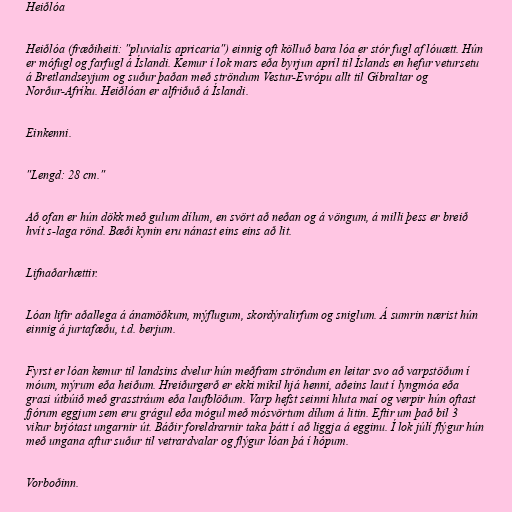
Heiðlóa

Heiðlóa (fræðiheiti: "pluvialis apricaria") einnig oft kölluð bara lóa er stór fugl af lóuætt. Hún
er mófugl og farfugl á Íslandi. Kemur í lok mars eða byrjun apríl til Íslands en hefur vetursetu
á Bretlandseyjum og suður þaðan með ströndum Vestur-Evrópu allt til Gíbraltar og
Norður-Afríku. Heiðlóan er alfriðuð á Íslandi.

Einkenni.

"Lengd: 28 cm."

Að ofan er hún dökk með gulum dílum, en svört að neðan og á vöngum, á milli þess er breið
hvít s-laga rönd. Bæði kynin eru nánast eins eins að lit.

Lifnaðarhættir.

Lóan lifir aðallega á ánamöðkum, mýflugum, skordýralirfum og sniglum. Á sumrin nærist hún
einnig á jurtafæðu, t.d. berjum.

Fyrst er lóan kemur til landsins dvelur hún meðfram ströndum en leitar svo að varpstöðum í
móum, mýrum eða heiðum. Hreiðurgerð er ekki mikil hjá henni, aðeins laut í lyngmóa eða
grasi útbúið með grasstráum eða laufblöðum. Varp hefst seinni hluta maí og verpir hún oftast
fjórum eggjum sem eru grágul eða mógul með mósvörtum dílum á litin. Eftir um það bil 3
vikur brjótast ungarnir út. Báðir foreldrarnir taka þátt í að liggja á egginu. Í lok júlí flýgur hún
með ungana aftur suður til vetrardvalar og flýgur lóan þá í hópum.

Vorboðinn.